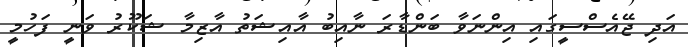
އަދި ޖޭއެސްސީގައި އިންނަވާ ބަންޑާރަ ނާއިބު އާއިޝަތު އާޒިމާ ޝަކޫރު ވަނީ ފަހުމީ